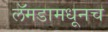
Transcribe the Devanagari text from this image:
लॅमडामधूनच